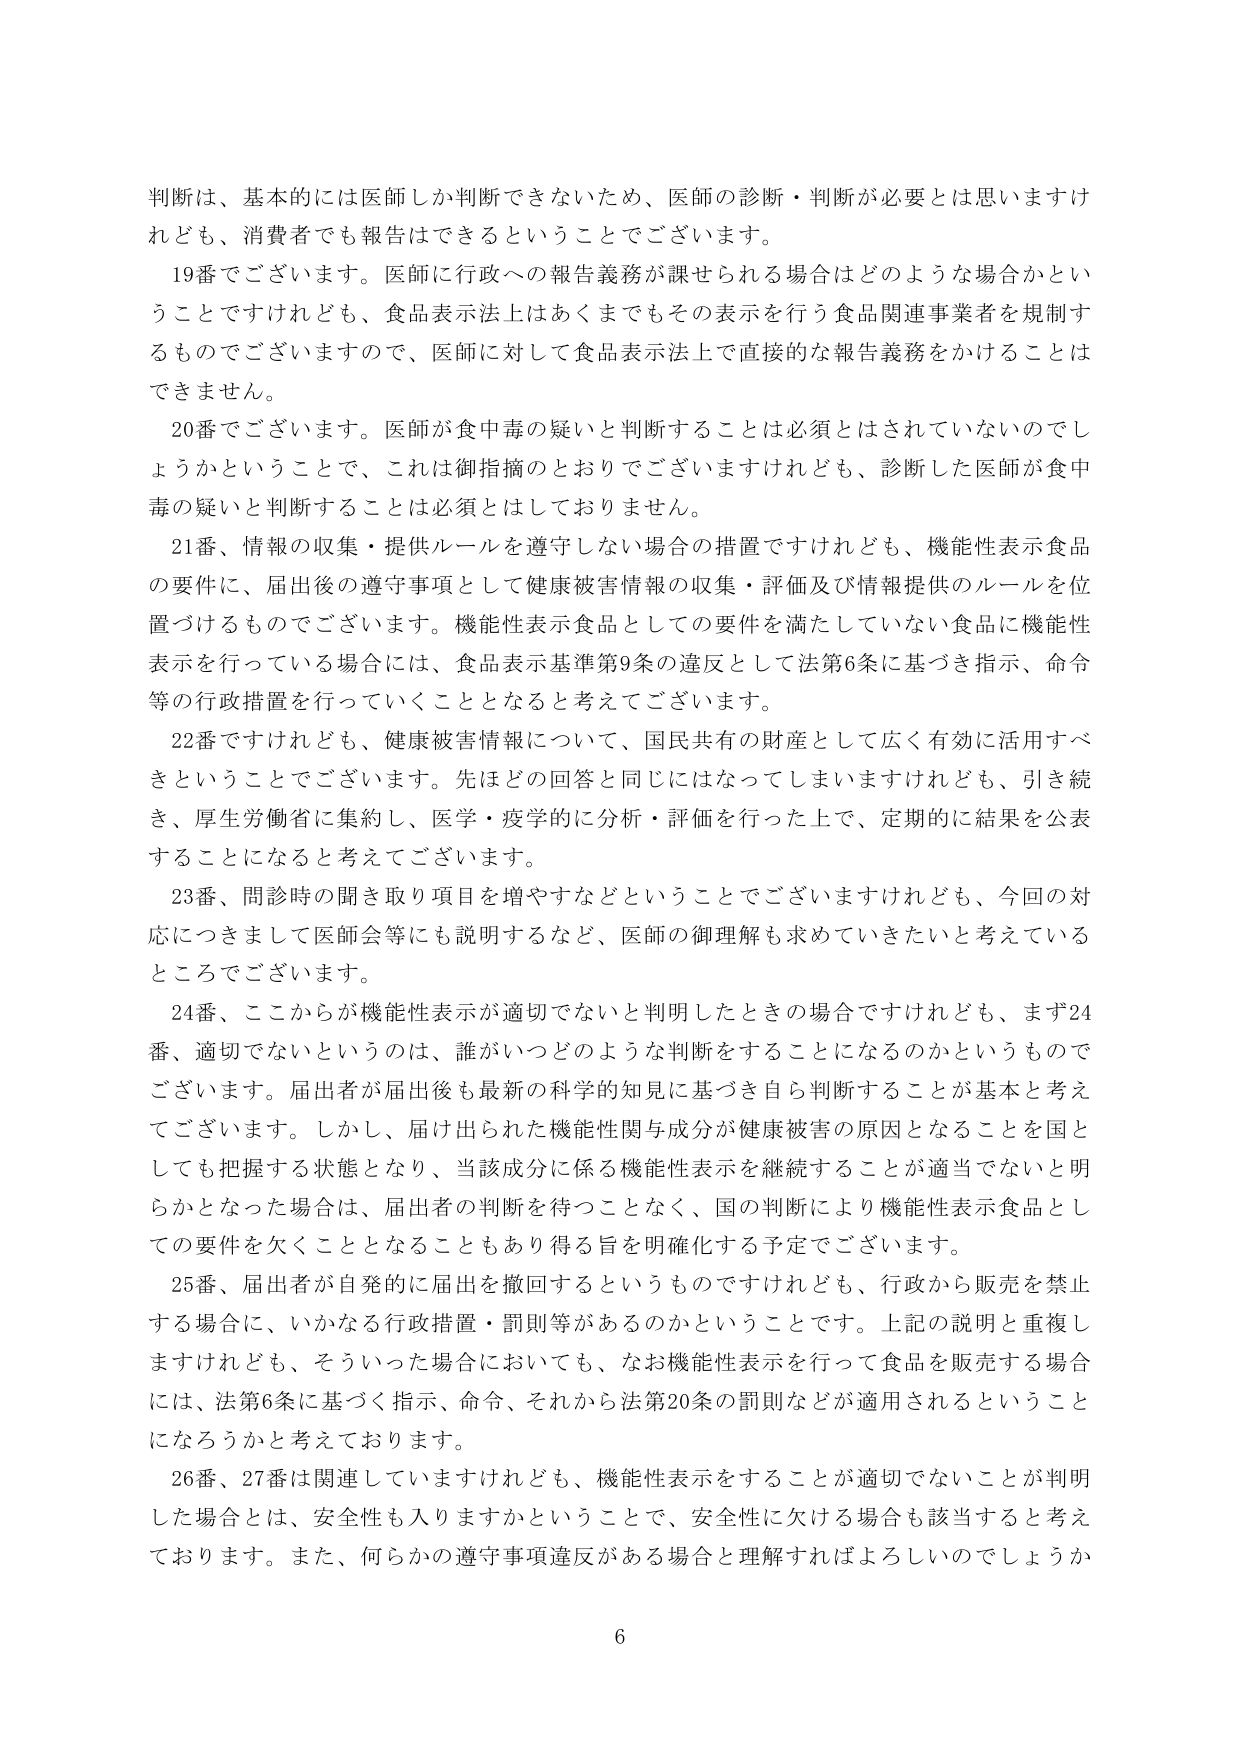
判断は、基本的には医師しか判断できないため、医師の診断・判断が必要とは思いますけれども、消費者でも報告はできるということでございます。

19番でございます。医師に行政への報告義務が課せられる場合はどのような場合かということでけれども、食品表示法上はあくまでもその表示を行う食品関連事業者を規制するものでございますので、医師に対して食品表示法上で直接的な報告義務をかけることはできません。

20番でございます。医師が食中毒の疑いと判断することは必須とはされていないのでしょうかということで、これは御指摘のとおりでございますけれども、診断した医師が食中毒の疑いと判断することは必須とはしておりません。

21番、情報の収集・提供ルールを遵守しない場合の措置ですけれども、機能性表示食品の要件に、届出後の遵守事項として健康被害情報の収集・評価及び情報提供のルールを位置づけるものでございます。機能性表示食品としての要件を満たしていない食品に機能性表示を行っている場合には、食品表示基準第9条の違反として法第6条に基づき指示、命令等の行政措置を行っていくこととなると考えております。

22番ですけれども、健康被害情報について、国民共有の財産として広く有効に活用すべきということでございます。先ほどの回答と同じにはなってしまいますけれども、引き続き、厚生労働省に集約し、医学・疫学的に分析・評価を行った上で、定期的に結果を公表することになると考えております。

23番、問診時の聞き取り項目を増やすなどということでございますけれども、今回の対応につきまして医師会等にも説明するなど、医師の御理解も求めていきたいと考えているところでございます。

24番、ここからが機能性表示が適切でないと判明したときの場合ですけれども、まず24番、適切でないというのは、誰がいつどのような判断をすることになるのかというものですございます。届出者が届出後も最新の科学的知見に基づき自ら判断することが基本と考えております。しかし、届け出られた機能性関与成分が健康被害の原因となることを国としても把握する状態となり、当該成分に係る機能性表示を継続することが適当でないと明らかとなった場合は、届出者の判断を待つことなく、国の判断により機能性表示食品としての要件を欠くこととなることもあり得る旨を明確化する予定でございます。

25番、届出者が自発的に届出を撤回するというものですけれども、行政から販売を禁止する場合に、いかなる行政措置・罰則等があるのかということです。上記の説明と重複しますけれども、そういった場合においても、なお機能性表示を行って食品を販売する場合には、法第6条に基づく指示、命令、それから法第20条の罰則などが適用されるということになろうかと考えております。

26番、27番は関連していますけれども、機能性表示をすることが適切でないことが判明した場合とは、安全性も入りますかということで、安全性に欠ける場合も該当すると考えております。また、何らかの遵守事項違反がある場合と理解すればよろしいのでしょうか

6